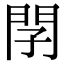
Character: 𨳕